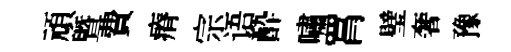
頑曁費瘠宗语酔嘯罥璧奢豫